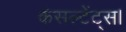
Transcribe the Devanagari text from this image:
कंसल्टेंट्स।